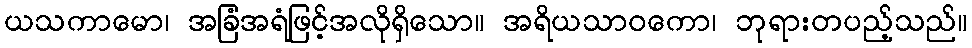
ယသကာမော၊ အခြံအရံဖြင့်အလိုရှိသော။ အရိယသာဝကော၊ ဘုရားတပည့်သည်။